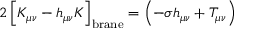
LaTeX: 2 \left[ K _ { \mu \nu } - h _ { \mu \nu } K \right] _ { \mathrm { { b r a n e } } } = \left( - \sigma h _ { \mu \nu } + T _ { \mu \nu } \right)